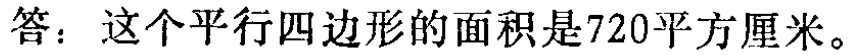
答：这个平行四边形的面积是720平方厘米。